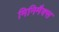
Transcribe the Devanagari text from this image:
मिनिमैक्स